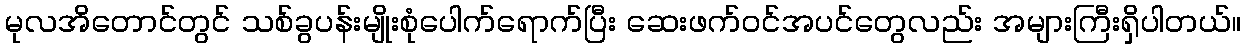
မုလအိတောင်တွင် သစ်ခွပန်းမျိုးစုံပေါက်ရောက်ပြီး ဆေးဖက်ဝင်အပင်တွေလည်း အများကြီးရှိပါတယ်။